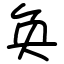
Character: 奂